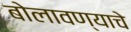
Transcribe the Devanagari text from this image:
बोलावण्याचे